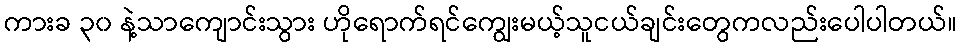
ကားခ ၃၀ နဲ့သာကျောင်းသွား ဟိုရောက်ရင်ကျွေးမယ့်သူငယ်ချင်းတွေကလည်းပေါပါတယ်။